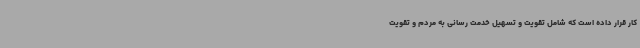
کار قرار داده است که شامل تقویت و تسهیل خدمت رسانی به مردم و تقویت